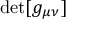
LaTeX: \operatorname* { d e t } [ g _ { \mu \nu } ]